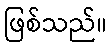
ဖြစ်သည်။